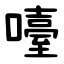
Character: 㘆